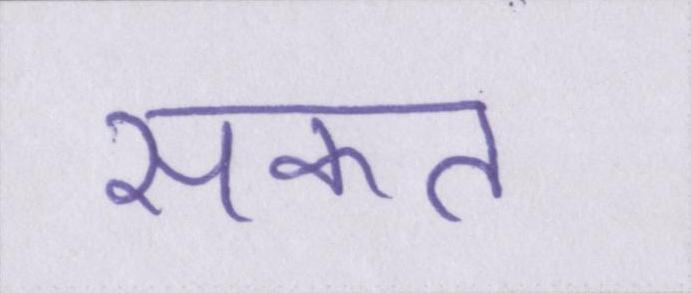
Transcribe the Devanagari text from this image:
सकत